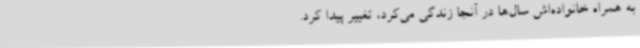
به همراه خانواده‌اش سال‌ها در آنجا زندگی می‌کرد، تغییر پیدا کرد.